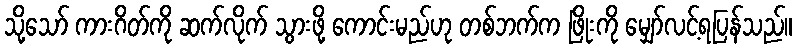
သို့သော် ကားဂိတ်ကို ဆက်လိုက် သွားဖို့ ကောင်းမည်ဟု တစ်ဘက်က ဖြိုးကို မျှော်လင့်ရပြန်သည်။